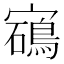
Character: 𡫰